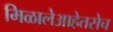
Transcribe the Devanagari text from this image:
मिळालेआहेतसेच